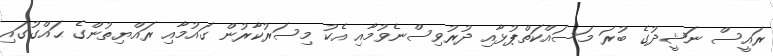
ރައީސް ނަޝީދުގެ ބުރަ މަސައްކަތްޕުޅާއި ދުރުވިސްނެވުމާއި އެކު މިސަރުކާރުން ގައުމާއި ރައްޔިތުންގެ ޙައްގުގައި